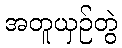
အတူယှဉ်တွဲ